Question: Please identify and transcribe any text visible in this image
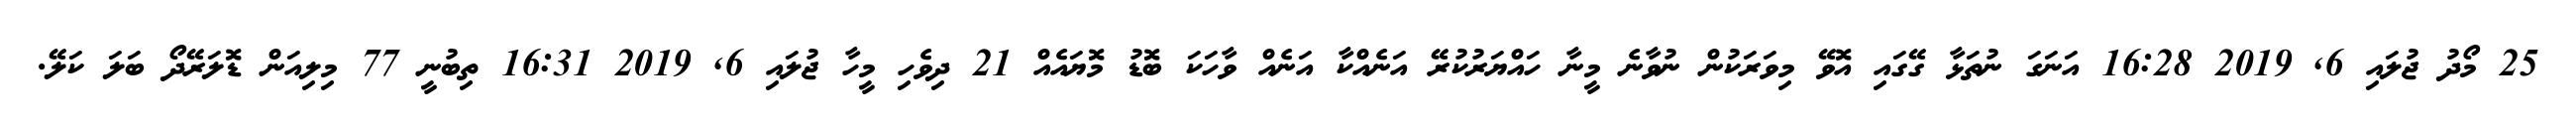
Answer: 25 މޯދު ޖުލައި 6, 2019 16:28 އަނަގަ ނުތަޅާ ގޭގައި އޮވޭ މިވަރަކުން ނުވާނެ މީނާ ހައްޔަރުކުރޭ އަނެއްކާ އަނެއް ވާހަކަ ބޮޑު މޮޔައެއް 21 ދިވެހި މީހާ ޖުލައި 6, 2019 16:31 ތިބުނީ 77 މިލިއަން ޑޮލަރޭދޯ ބަލަ ކަލޭ.